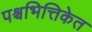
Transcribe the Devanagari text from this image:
पश्चभित्तिकेत